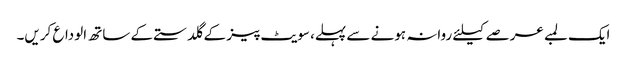
ایک لمبے عرصے کیلئے روانہ ہونے سے پہلے، سویٹ پیز کے گلدستے کے ساتھ الوداع کریں۔